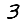
Digit: 3